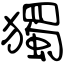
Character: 獨